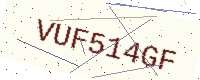
Text: VUF514GF